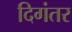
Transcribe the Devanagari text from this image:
दिगंतर